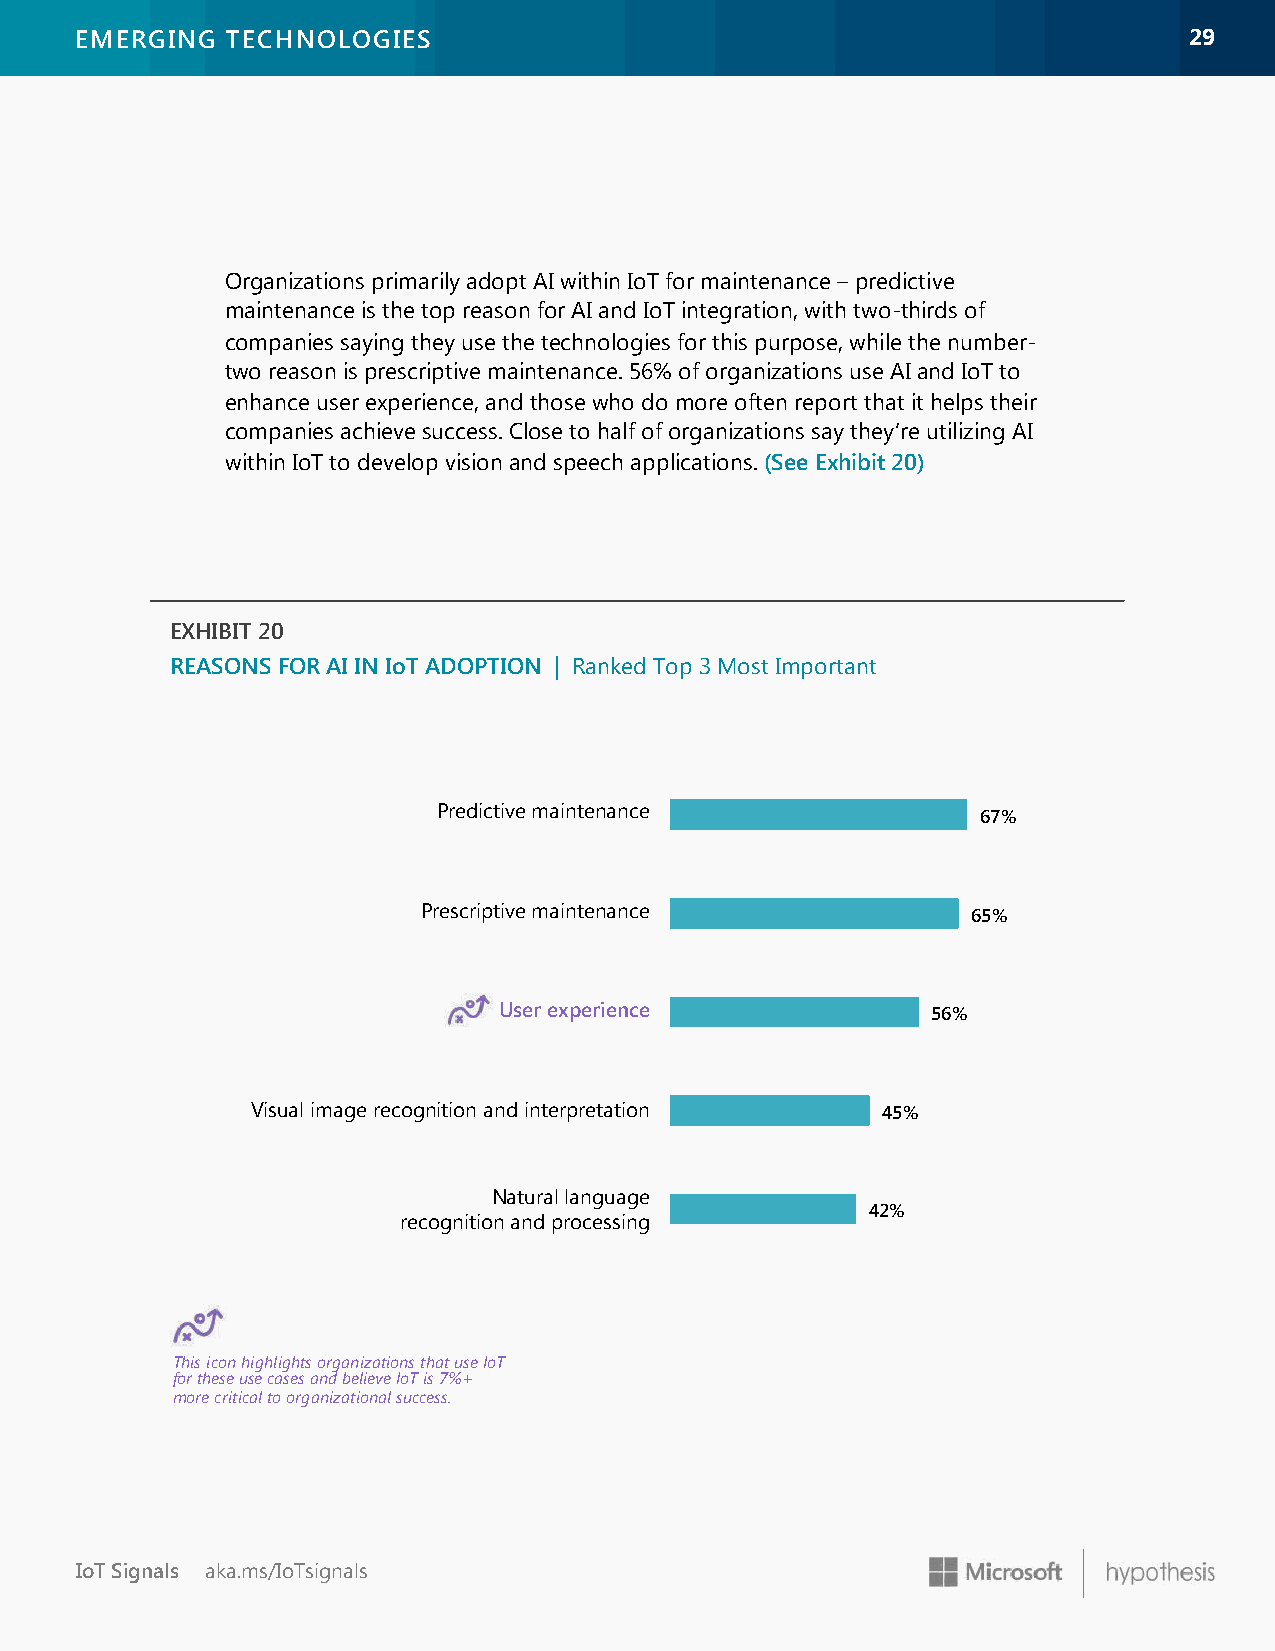
EMERGING  TECHNOLOGIES                                                    2299
 Organizations primarily adopt AI within IoT for maintenance – predictive
 maintenance is the top reason for AI and IoT integration, with two-thirds of
 companies saying they use the technologies for this purpose, while the number-
 two reason is prescriptive maintenance. 56% of organizations use AI and IoT to
 enhance user experience, and those who do more often report that it helps their
 companies achieve success. Close to half of organizations say they’re utilizing AI
 within IoT to develop vision and speech applications. (See Exhibit 20)
 EXHIBIT 20
 REASONS FOR AI IN IoT ADOPTION | Ranked Top 3 Most Important
 Predictive maintenance
 67%
 Prescriptive maintenance            65%
 User experience              56%
 Visual image recognition and interpretation 45%
 Natural language
 42%
 recognition and processing
 This icon highlights organizations that use IoT
 for these use cases and believe IoT is 7%+
 more critical to organizational success.
 IoT Signals aka.ms/IoTsignals